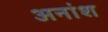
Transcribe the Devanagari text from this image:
अनांश